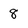
Character: 8